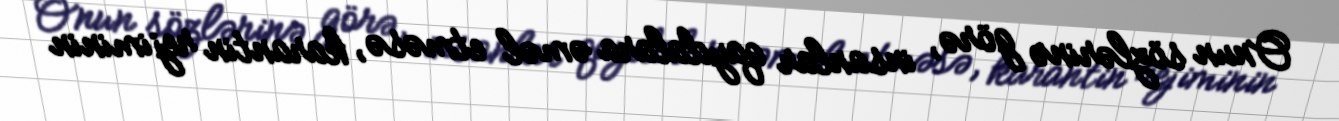
Onun sözlərinə görə, insanlar qaydalara əməl etməsə, karantin rejiminin